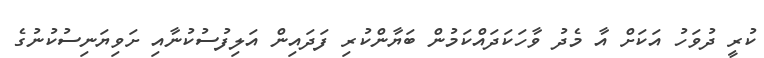
ކުރީ ދުވަހު އަކަށް އާ މެދު ވާހަކަދައްކަމުން ބަޔާންކުރި ފަދައިން އަލިފުސުކުނާއި ށަވިޔަނިސުކުނުގެ